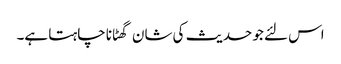
اس لئے جو حدیث کی شان گھٹانا چاہتا ہے۔